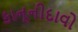
કાનૂનીદાવો